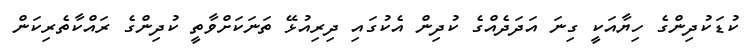
ކުޑަކުދިންގެ ހިޔާއަކީ ގިނަ އަދަދެއްގެ ކުދިން އެކުގައި ދިރިއުޅޭ ތަނަކަށްވާތީ ކުދިންގެ ރައްކާތެރިކަން